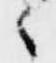
々